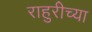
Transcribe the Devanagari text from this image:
राहुरीच्या